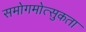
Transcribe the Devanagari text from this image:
समोगमोत्सुकता